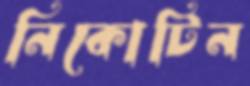
নিকোটিন